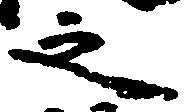
之